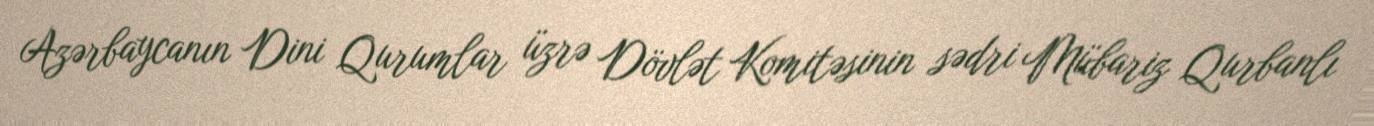
Azərbaycanın Dini Qurumlar üzrə Dövlət Komitəsinin sədri Mübariz Qurbanlı